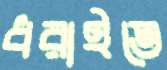
ধরাইতে